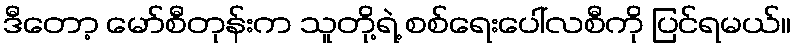
ဒီတော့ မော်စီတုန်းက သူတို့ရဲ့ စစ်ရေးပေါ်လစီကို ပြင်ရမယ်။